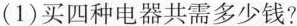
(1)买四种电器共需多少钱?